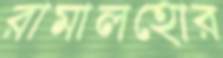
রামালহোর